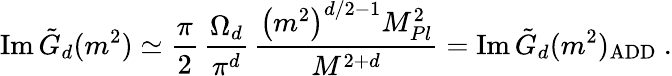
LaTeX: \mathrm{Im}\, \tilde{G}_{d}(m^{2})\simeq\frac{\pi}{2}\, \frac{\Omega_{d}}{\pi^{d}}\, \frac{\left(m^{2}\right)^{d/2-1}M_{Pl}^{2}}{M^{2+d}}=\mathrm{Im}\, \tilde{G}_{d}(m^{2})_{\mathrm{ADD}}\ .